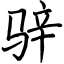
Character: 骍